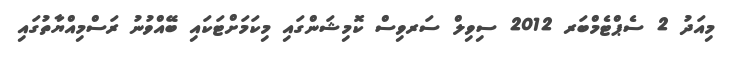
މިއަދު 2 ސެޕްޓެމްބަރ 2012 ސިވިލް ސަރވިސް ކޮމިޝަންގައި މިކަމަށްޓަކައި ބޭއްވުނު ރަސްމިއްޔާތުގައި